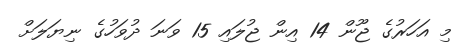
މި އަހަރުގެ ޖޫން 14 އިން ޖުލައި 15 ވަނަ ދުވަހުގެ ނިޔަލަށް